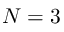
N = 3